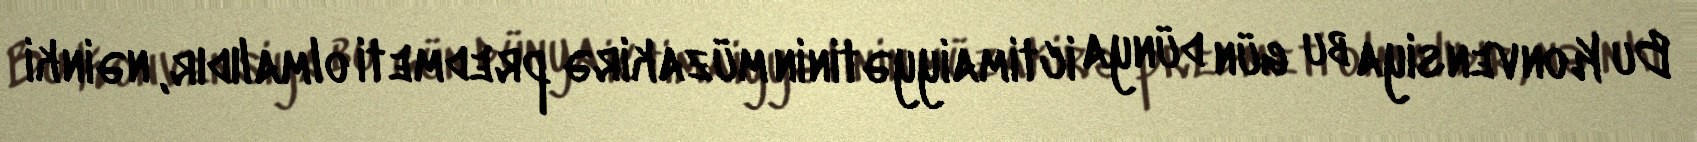
Bu Konvensiya bu gün dünya ictimaiyyətinin müzakirə predmeti olmalıdır, nəinki